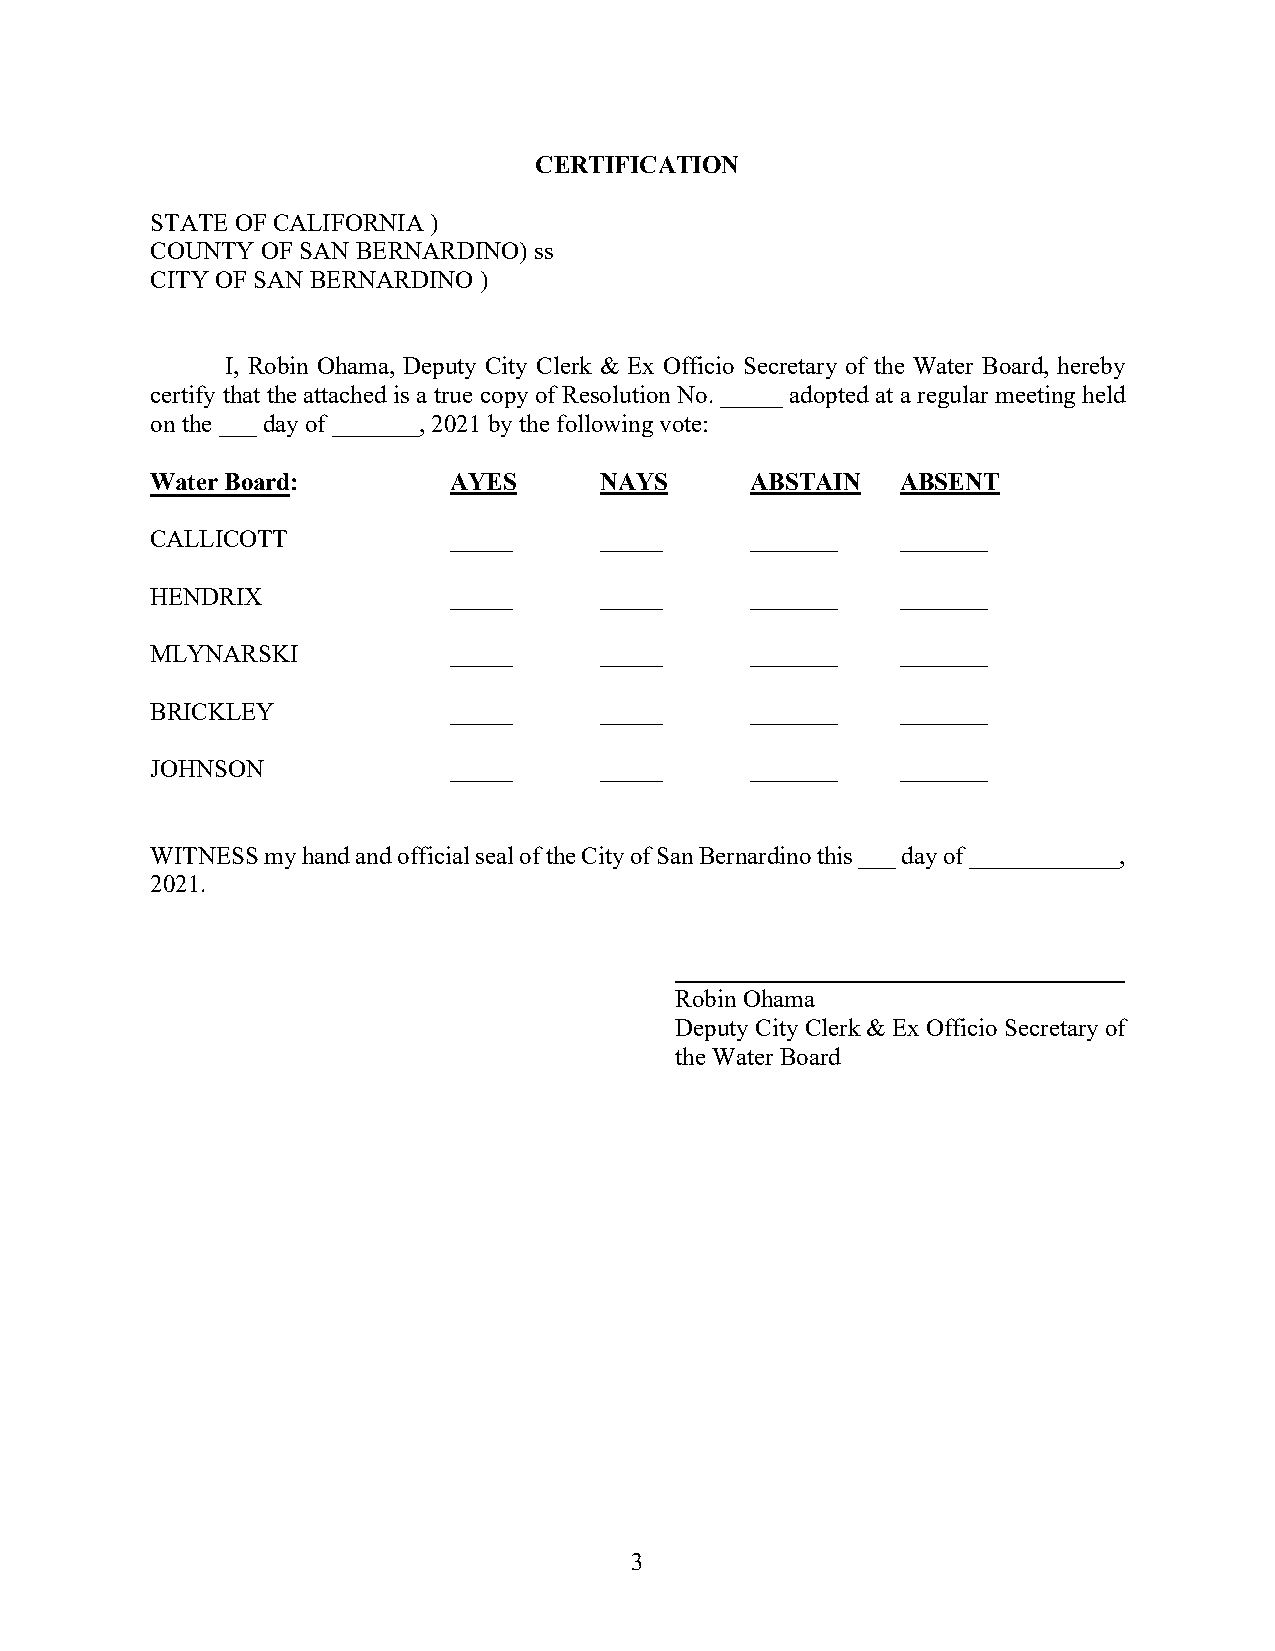
CERTIFICATION
 STATE OF CALIFORNIA )
 COUNTY OF SAN BERNARDINO) ss
 CITY OF SAN BERNARDINO )
 I, Robin Ohama, Deputy City Clerk & Ex Officio Secretary of the Water Board, hereby
 certify that the attached is a true copy of Resolution No. _____ adopted at a regular meeting held
 on the ___ day of _______, 2021 by the following vote:
 Water Board:        AYES      NAYS      ABSTAIN   ABSENT
 CALLICOTT           _____     _____     _______   _______
 HENDRIX             _____     _____     _______   _______
 MLYNARSKI           _____     _____     _______   _______
 BRICKLEY            _____     _____     _______   _______
 JOHNSON             _____     _____     _______   _______
 WITNESS my hand and official seal of the City of San Bernardino this ___ day of ____________,
 2021.
 Robin Ohama
 Deputy City Clerk & Ex Officio Secretary of
 the Water Board
 3